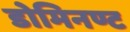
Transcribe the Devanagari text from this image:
डोमिनण्ट